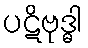
ပဋိဗုဒ္ဓါ